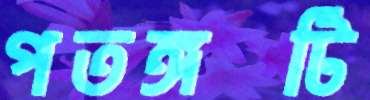
পতঙ্গটি